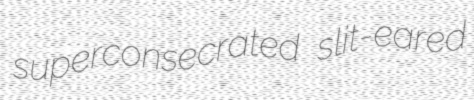
superconsecrated slit-eared